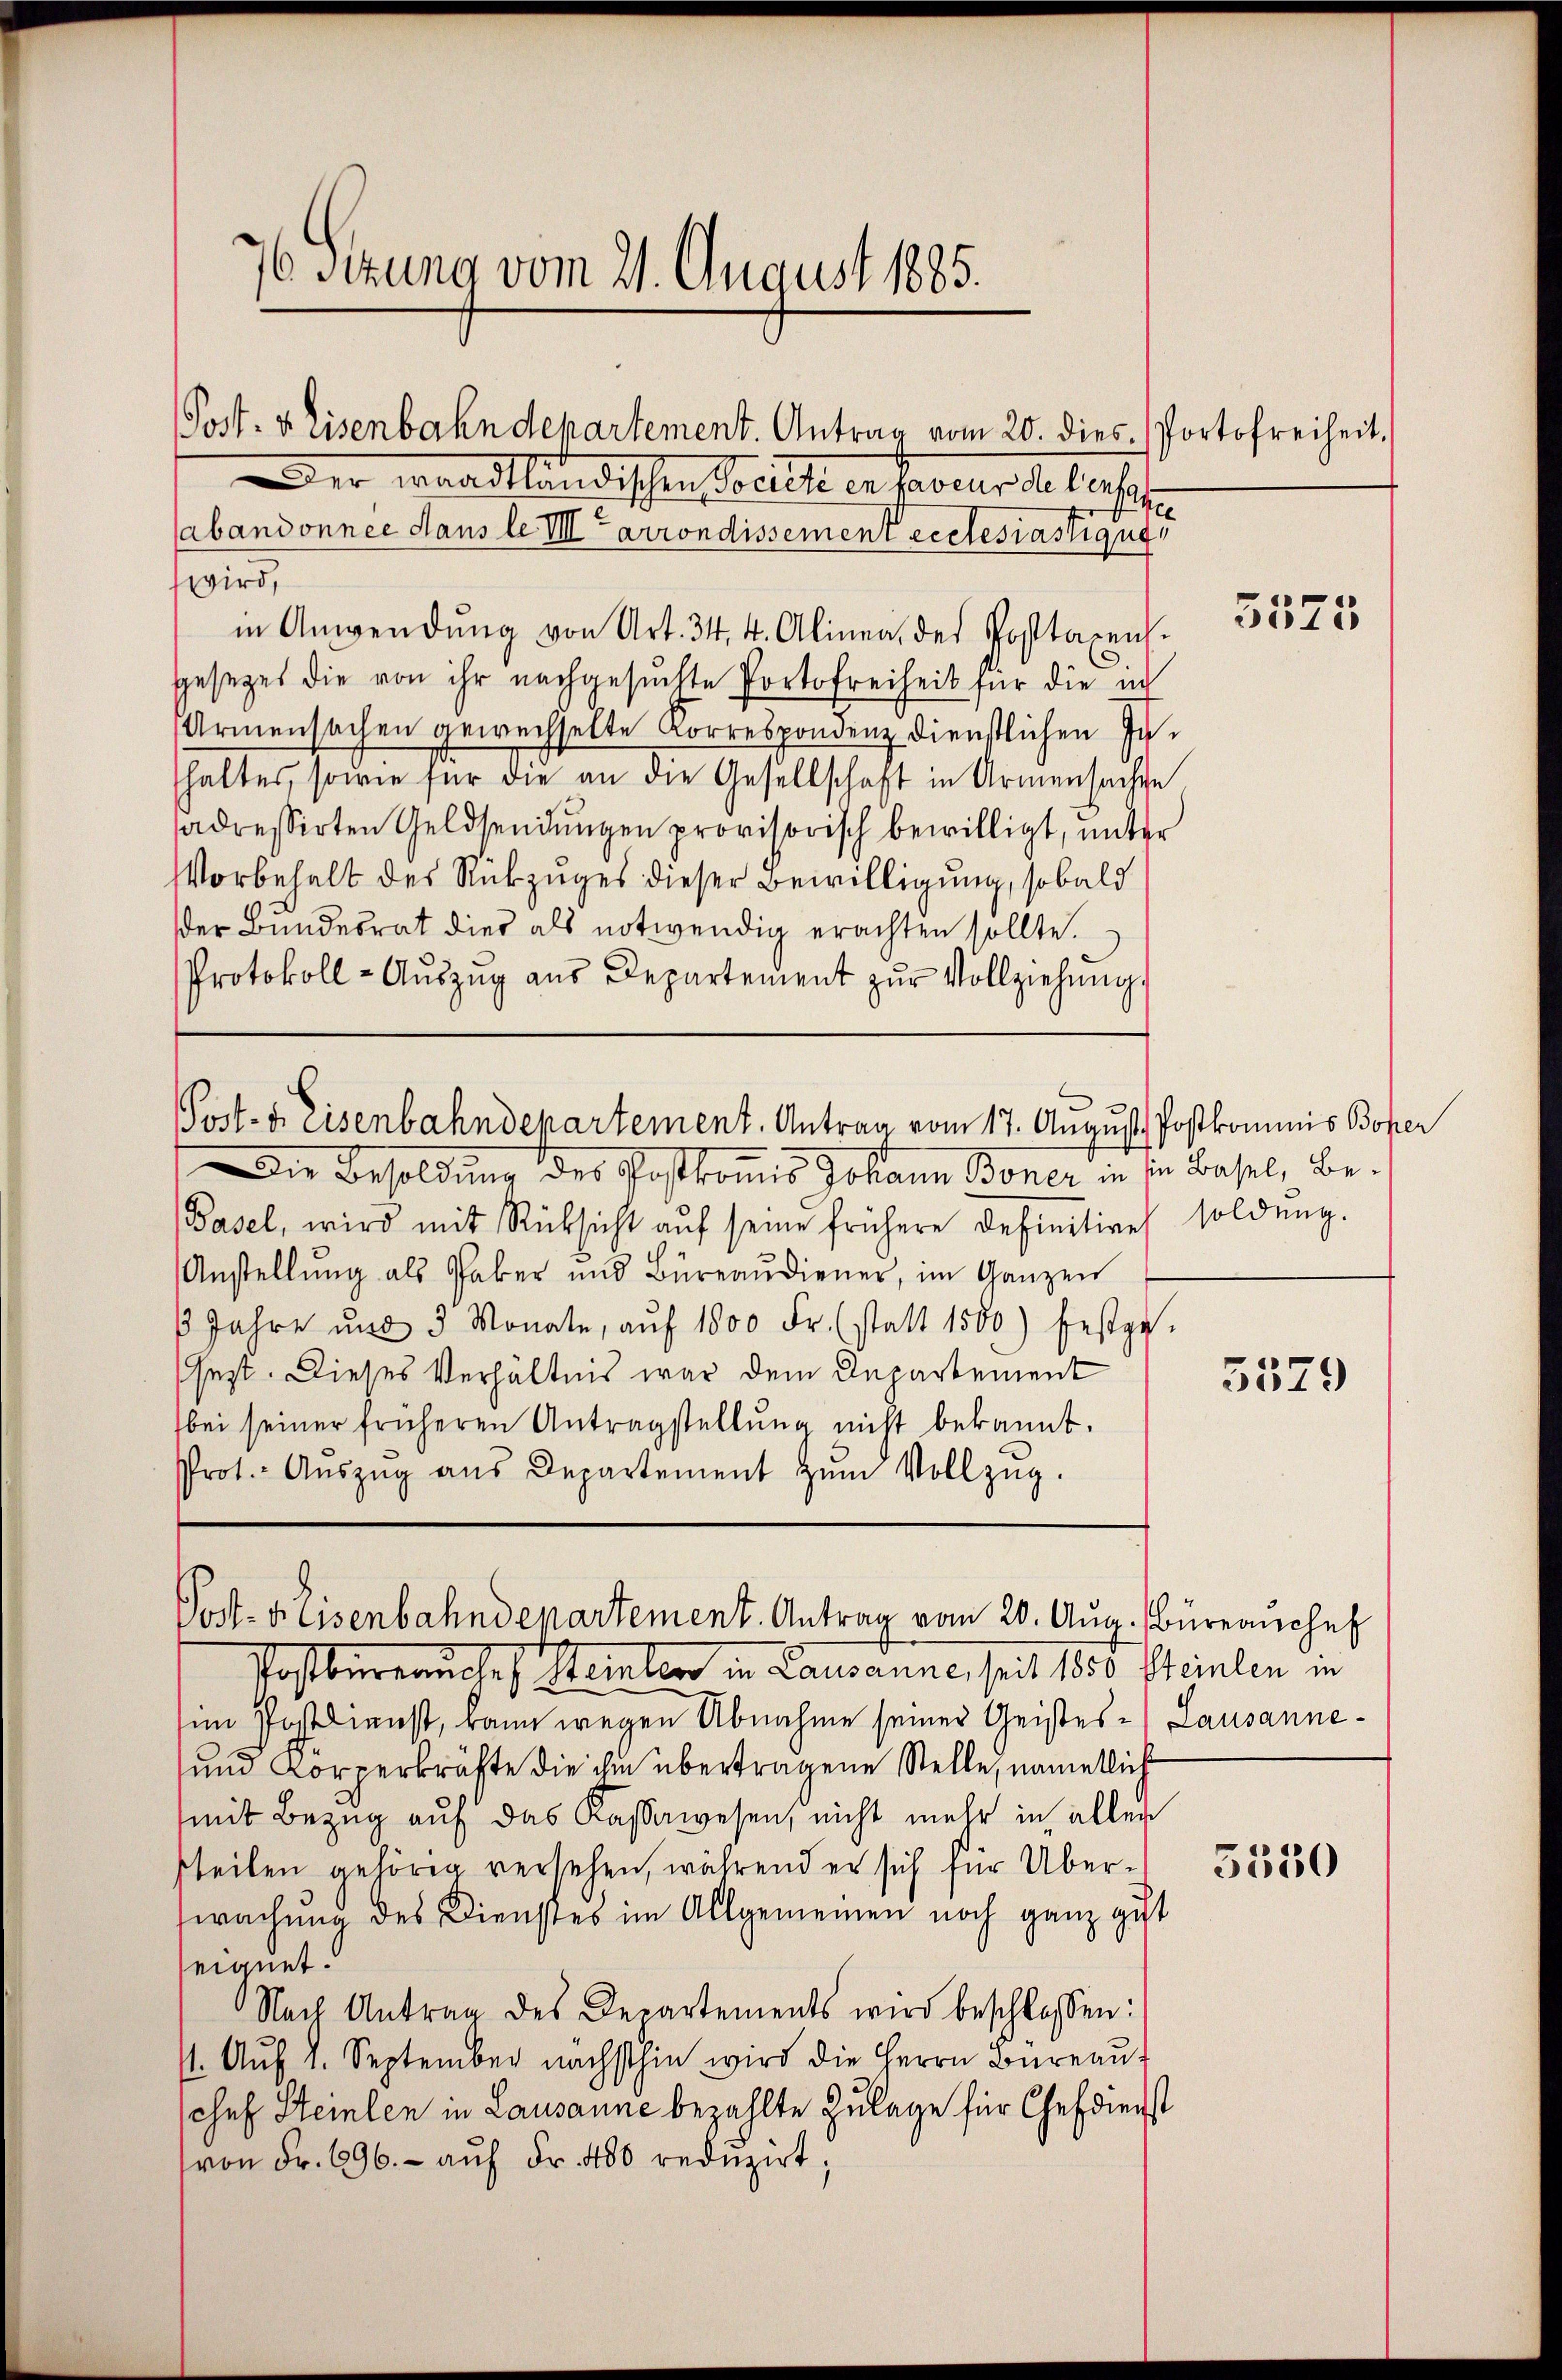
76 Sitzung vom 21. August 1885.

Der waadtländischen Socicti en faveur die versat
(abandonnée dans le VIII arrondissement ecclesiastique
wird,
in Anwendung von Art. 34, 4. Alinea, des Posttaxens.
gesezes die von ihr nachgesuchte Portofreiheit für die in
Armensachen gewechselte Korrespondenz dienstlichen Jushaltes, sowie für die an die Gesellschaft in Armensachte
adressirten Geldsendungen provisorisch bewilligt, unter
Vorbehalt des Rückzuges dieser Bewilligung, sobald
der Bundesrat dies als notwendig erachten sollte.
Protokoll-Aŭszŭg aŭs Departement zŭr Vollziehŭng.

Post- & Eisenbahndepartement. Antrag vom 20. dies. Portofreiheit,

Post- u. Eisenbahndepartement. Antrag vom 17. August Postkommnis Bofer

Die Besoldung der Postkommis Johann Boner in in Basel, be¬
Basel, wird mit Rücksicht aŭf seine frühere Definitives soldung.
Anstellŭng als haber und Büreaŭdiener, im Ganzen
1 Jahre und 3 Monate, aŭf 1000 Fr. (statt 1500) festges.
shezt. Dieses Verhältnis war dem Departement
bei seiner früheren Antragstellŭng nicht bekannt.
Prot. Aŭszŭg aŭs Departement zŭm Vollzŭg.

Post-Keisenbahndepartement. Antrag vom 20. Aug. Büreaŭchef

Postberrauches Steinler in Lausanne, seit 1850 Steinlen in
im Postlienst, kann wegen Abnahme seiner Geistes - Lausanne¬
und Körperkräfte die ihm übertragene Stelle, namentlich
mit Bezug auf das Kassawesen, nicht mehr in aller
steilen gehörig versehen, während er sich für Überswachung des Dienstes im Allgemeinen noch ganz gut
seignet.
Nach Antrag des Departements wird beschlossen:
14. Aŭf 1. September nächsthin wird die Herrn Büreaŭf
chef Steinlen in Lausanne bezahlte Zulage für Chefdienst
von Fr. 696.- aŭf Fr. 400 redŭzirt,

5575

5579

5330